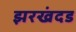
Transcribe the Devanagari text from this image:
झरखंदड